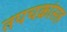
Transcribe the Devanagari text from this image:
तपचक्रांसह